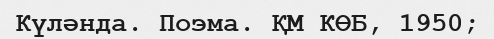
Күләнда. Поэма. ҚМ КӨБ, 1950;